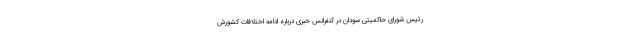
رئیس شورای حاکمیتی سودان در کنفرانس خبری درباره ادامه اختلافات کشورش